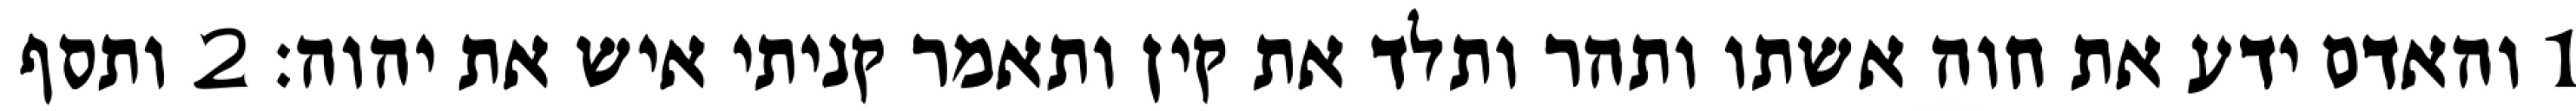
1 והאדם ידע את חוה אשתו ותהר ותלד את קין ותאמר קניתי איש את יהוה׃ ‎2‏ ותסף